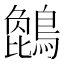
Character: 𪄢